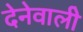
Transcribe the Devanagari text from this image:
देनेवालीे